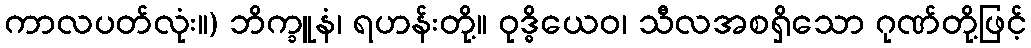
ကာလပတ်လုံး။) ဘိက္ခူနံ၊ ရဟန်းတို့။ ဝုဒ္ဓိယေဝ၊ သီလအစရှိသော ဂုဏ်တို့ဖြင့်